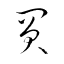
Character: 買